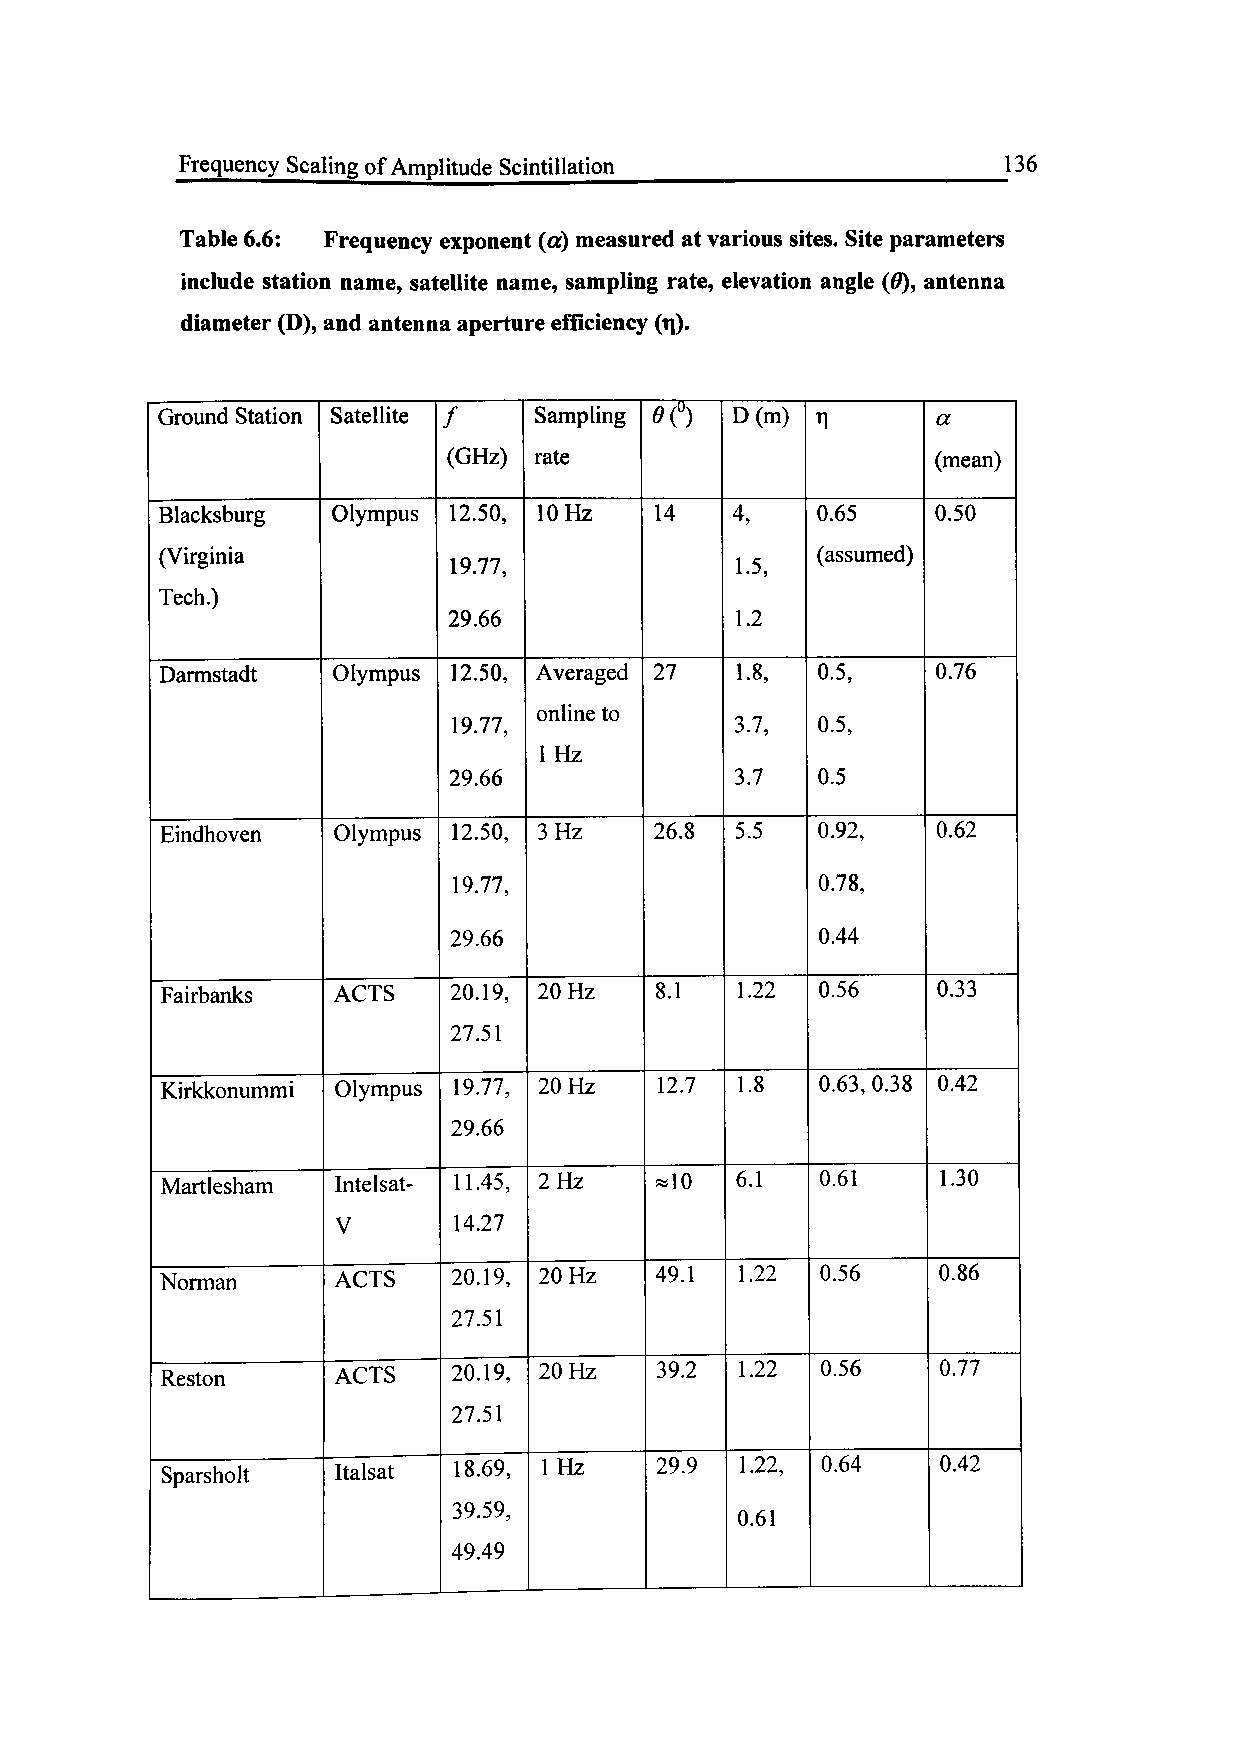
Frequency Scaling of Amplitude Scintillation          136
 Table 6.6: Frequency exponent (a) measured at various sites. Site parameters
 include station name, satellite name, sampling rate, elevation angle (0), antenna
 diameter (D), and antenna aperture efficiency (TJ).
 Ground Station Satellite / Sampling <) D(m) 1       a
 (GHz) rate                      (mean)
 Blacksburg Olympus 12.50, lOHz  14    4,   0.65    0.50
 (Virginia                                  (assumed)
 19.77,             1.5,
 Tech.)
 29.66              1.2
 Darmstadt  Olympus 12.50, Averaged 27 1.8, 0.5,    0.76
 online to
 19.77,             3.7, 0.5,
 IHz
 29.66              3.7  0.5
 Eindhoven  Olympus 12.50, 3Hz   26.8  5.5  0.92,   0.62
 19.77,                  0.78,
 29.66                   0.44
 Fairbanks  ACTS    20.19, 20 Hz 8.1   1.22 0.56    0.33
 27.51
 Kirkkonummi Olympus 19.77, 20 Hz 12.7 1.8  0.63, 0.38 0.42
 29.66
 Martlesham Intelsat- 11.45, 2 Hz «10  6.1  0.61    1.30
 V       14.27
 Norman     ACTS    20.19, 20 Hz 49.1  1.22 0.56    0.86
 27.51
 Reston     ACTS    20.19, 20 Hz 39.2  1.22 0.56    0.77
 27.51
 Sparsholt  Italsat 18.69, 1 Hz  29.9  1.22, 0.64   0.42
 39.59,
 0.61
 49.49